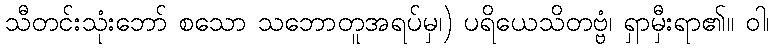
သီတင်းသုံးဘော် စသော သဘောတူအရပ်မှ၊) ပရိယေသိတဗ္ဗံ၊ ရှာမှီးရာ၏။ ဝါ၊